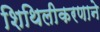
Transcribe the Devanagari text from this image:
शिथिलीकरणाने